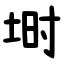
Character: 埘